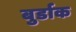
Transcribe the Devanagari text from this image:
बुर्डाक